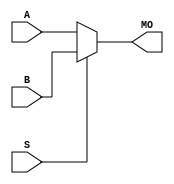
module arriaiigz_b17mux21 (MO, A, B, S);
   input [16:0] A, B;
   input 	S;
   output [16:0] MO; 
   assign MO = (S == 1) ? B : A; 
endmodule